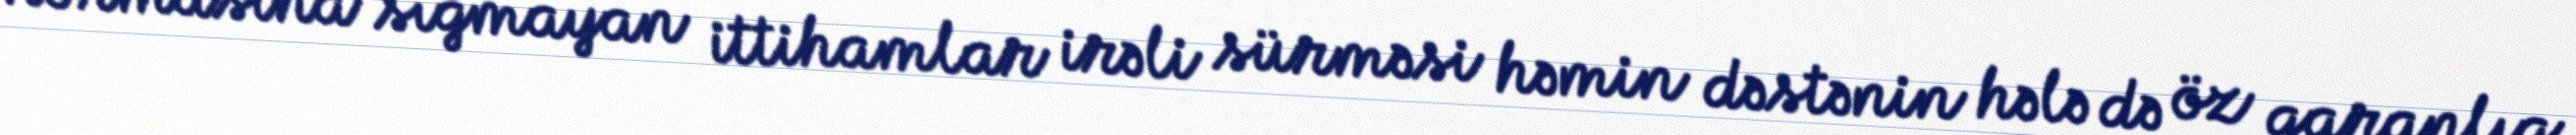
normasına sığmayan ittihamlar irəli sürməsi həmin dəstənin hələ də öz qaranlıq